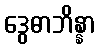
ဒွေဓာဘိန္နာ